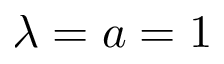
\lambda = a = 1